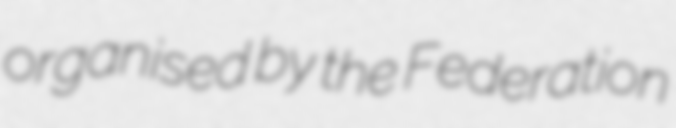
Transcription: organised by the Federation